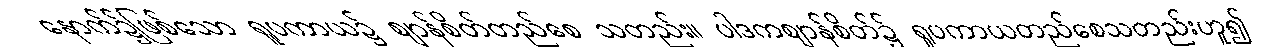
နောက်၌ဖြစ်သော ရူပကာယ၌ ဈာန်စိတ်တည်စေ သတည်း။ ပါဒကဈာန်စိတ်၌ ရူပကာယတည်စေသတည်းဟူ၍